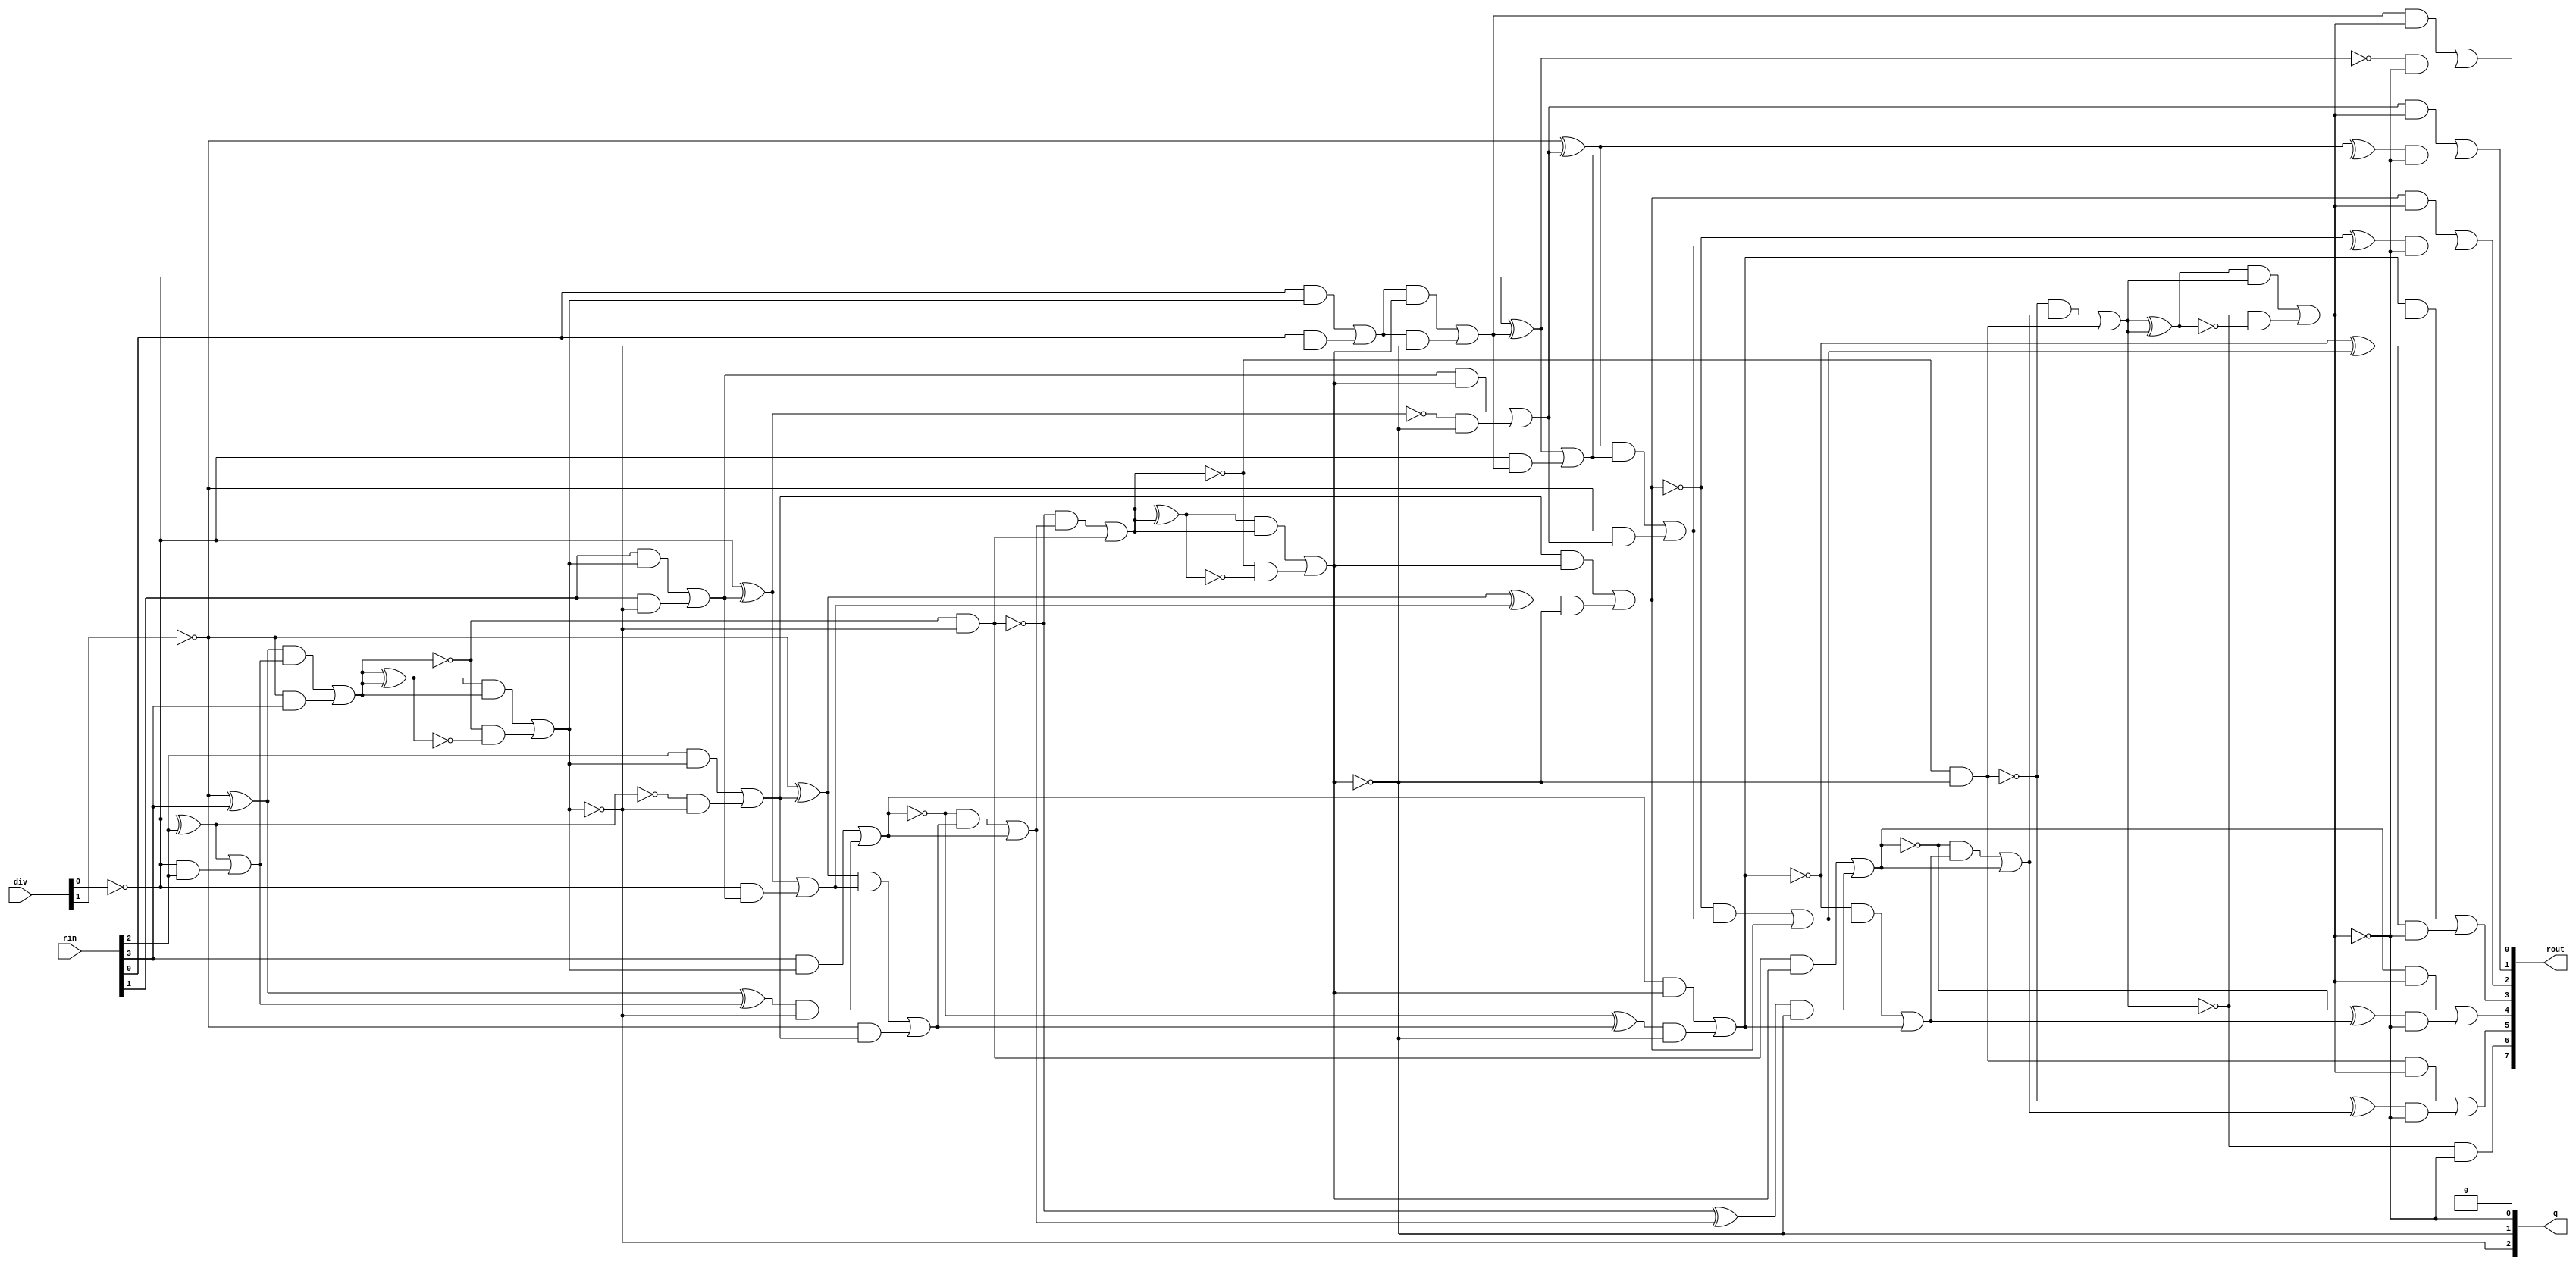
module divider(q, rout, rin, div);
  wire _0_;
  wire _1_;
  wire _2_;
  wire _3_;
  wire _4_;
  wire _5_;
  wire _6_;
  wire _7_;
  wire _8_;
  wire _9_;
  wire _10_;
  wire _11_;
  wire _12_;
  wire _13_;
  wire _14_;
  wire _15_;
  wire _16_;
  wire _17_;
  wire _18_;
  wire _19_;
  wire _20_;
  wire _21_;
  wire _22_;
  wire _23_;
  wire _24_;
  wire _25_;
  wire _26_;
  wire _27_;
  wire _28_;
  wire _29_;
  wire _30_;
  wire _31_;
  wire _32_;
  wire _33_;
  wire _34_;
  wire _35_;
  wire _36_;
  wire _37_;
  wire _38_;
  wire _39_;
  wire _40_;
  wire _41_;
  wire _42_;
  wire _43_;
  wire _44_;
  wire _45_;
  wire _46_;
  wire _47_;
  wire _48_;
  wire _49_;
  wire _50_;
  wire _51_;
  wire _52_;
  wire _53_;
  wire _54_;
  wire _55_;
  wire _56_;
  wire _57_;
  wire _58_;
  wire _59_;
  wire _60_;
  wire _61_;
  wire _62_;
  wire _63_;
  wire _64_;
  wire _65_;
  wire _66_;
  wire _67_;
  wire _68_;
  wire _69_;
  wire _70_;
  wire _71_;
  wire _72_;
  wire _73_;
  wire _74_;
  wire _75_;
  wire _76_;
  wire _77_;
  wire _78_;
  wire _79_;
  wire _80_;
  wire _81_;
  wire _82_;
  wire _83_;
  wire _84_;
  wire _85_;
  wire _86_;
  wire _87_;
  wire _88_;
  wire _89_;
  wire _90_;
  wire _91_;
  wire _92_;
  wire _93_;
  wire _94_;
  wire _95_;
  wire _96_;
  wire _97_;
  wire _98_;
  wire _99_;
  wire _100_;
  wire _101_;
  wire _102_;
  wire _103_;
  wire _104_;
  wire _105_;
  wire _106_;
  wire _107_;
  wire _108_;
  wire _109_;
  wire _110_;
  wire _111_;
  wire _112_;
  wire _113_;
  wire _114_;
  wire _115_;
  wire _116_;
  wire _117_;
  wire _118_;
  wire _119_;
  wire _120_;
  wire _121_;
  wire _122_;
  wire _123_;
  wire _124_;
  wire _125_;
  wire _126_;
  wire _127_;
  wire _128_;
  wire _129_;
  wire _130_;
  wire _131_;
  wire _132_;
  wire _133_;
  wire _134_;
  wire _135_;
  wire _136_;
  wire _137_;
  wire _138_;
  wire _139_;
  wire _140_;
  wire _141_;
  wire _142_;
  wire _143_;
  wire _144_;
  wire _145_;
  wire _146_;
  wire _147_;
  wire _148_;
  wire _149_;
  wire _150_;
  wire _151_;
  wire _152_;
  wire _153_;
  wire _154_;
  wire _155_;
  wire _156_;
  wire _157_;
  wire _158_;
  wire _159_;
  wire _160_;
  wire _161_;
  wire _162_;
  wire _163_;
  wire _164_;
  wire _165_;
  wire _166_;
  wire _167_;
  wire [4:0] r_0;
  wire [5:0] r_1;
  wire [5:0] m_1;
  wire [5:0] sum_1;
  wire [4:0] inv_1;
  wire [6:0] r_2;
  wire [6:0] m_2;
  wire [6:0] sum_2;
  wire [5:0] inv_2;
  wire [7:0] r_3;
  wire [7:0] m_3;
  wire [7:0] sum_3;
  wire [6:0] inv_3;
  wire zeroWire;
  wire oneWire;
  input [3:0] rin;
  input [1:0] div;
  output [2:0] q;
  output [7:0] rout;
  assign zeroWire = 1'b0 /*0*/;
  assign oneWire = 1'b1 /*0*/;
  assign r_0[0] = rin[0] /*393*/;
  assign r_0[1] = rin[1] /*392*/;
  assign r_0[2] = rin[2] /*391*/;
  assign r_0[3] = rin[3] /*390*/;
  assign r_0[4] = zeroWire /*389*/;
  assign inv_1[0] = oneWire /*276*/;
  assign inv_1[1] = oneWire /*270*/;
  assign inv_1[2] = ~div[0] /*264*/;
  assign inv_1[3] = ~div[1] /*258*/;
  assign inv_1[4] = oneWire /*252*/;
  assign _0_ = inv_1[0] ^ r_0[0] /*275*/;
  assign sum_1[0] = _0_ ^ oneWire /*274*/;
  assign _1_ = _0_ & oneWire /*273*/;
  assign _2_ = inv_1[0] & r_0[0] /*272*/;
  assign _3_ = _1_ | _2_ /*271*/;
  assign _4_ = inv_1[1] ^ r_0[1] /*269*/;
  assign sum_1[1] = _4_ ^ _3_ /*268*/;
  assign _5_ = _4_ & _3_ /*267*/;
  assign _6_ = inv_1[1] & r_0[1] /*266*/;
  assign _7_ = _5_ | _6_ /*265*/;
  assign _8_ = inv_1[2] ^ r_0[2] /*263*/;
  assign sum_1[2] = _8_ ^ _7_ /*262*/;
  assign _9_ = _8_ & _7_ /*261*/;
  assign _10_ = inv_1[2] & r_0[2] /*260*/;
  assign _11_ = _9_ | _10_ /*259*/;
  assign _12_ = inv_1[3] ^ r_0[3] /*257*/;
  assign sum_1[3] = _12_ ^ _11_ /*256*/;
  assign _13_ = _12_ & _11_ /*255*/;
  assign _14_ = inv_1[3] & r_0[3] /*254*/;
  assign _15_ = _13_ | _14_ /*253*/;
  assign _16_ = inv_1[4] ^ r_0[4] /*251*/;
  assign sum_1[4] = _16_ ^ _15_ /*250*/;
  assign _17_ = _16_ & _15_ /*249*/;
  assign _18_ = inv_1[4] & r_0[4] /*248*/;
  assign _19_ = _17_ | _18_ /*247*/;
  assign _20_ = _19_ ^ _15_ /*246*/;
  assign _21_ = ~_20_ /*245*/;
  assign _22_ = sum_1[4] & _21_ /*244*/;
  assign _23_ = _20_ & _19_ /*243*/;
  assign sum_1[5] = _23_ | _22_ /*242*/;
  assign q[2] = ~sum_1[5] /*241*/;
  assign m_1[0] = r_0[0] /*240*/;
  assign m_1[1] = r_0[1] /*239*/;
  assign m_1[2] = r_0[2] /*238*/;
  assign m_1[3] = r_0[3] /*237*/;
  assign m_1[4] = r_0[4] /*236*/;
  assign m_1[5] = r_0[4] /*235*/;
  assign _25_ = ~q[2] /*234*/;
  assign _26_ = sum_1[0] & q[2] /*233*/;
  assign _27_ = m_1[0] & _25_ /*232*/;
  assign r_1[0] = _27_ | _26_ /*231*/;
  assign _28_ = ~q[2] /*230*/;
  assign _29_ = sum_1[1] & q[2] /*229*/;
  assign _30_ = m_1[1] & _28_ /*228*/;
  assign r_1[1] = _30_ | _29_ /*227*/;
  assign _31_ = ~q[2] /*226*/;
  assign _32_ = sum_1[2] & q[2] /*225*/;
  assign _33_ = m_1[2] & _31_ /*224*/;
  assign r_1[2] = _33_ | _32_ /*223*/;
  assign _34_ = ~q[2] /*222*/;
  assign _35_ = sum_1[3] & q[2] /*221*/;
  assign _36_ = m_1[3] & _34_ /*220*/;
  assign r_1[3] = _36_ | _35_ /*219*/;
  assign _37_ = ~q[2] /*218*/;
  assign _38_ = sum_1[4] & q[2] /*217*/;
  assign _39_ = m_1[4] & _37_ /*216*/;
  assign r_1[4] = _39_ | _38_ /*215*/;
  assign _40_ = ~q[2] /*214*/;
  assign _41_ = sum_1[5] & q[2] /*213*/;
  assign _42_ = m_1[5] & _40_ /*212*/;
  assign r_1[5] = _42_ | _41_ /*211*/;
  assign inv_2[0] = oneWire /*186*/;
  assign inv_2[1] = ~div[0] /*180*/;
  assign inv_2[2] = ~div[1] /*174*/;
  assign inv_2[3] = oneWire /*168*/;
  assign inv_2[4] = oneWire /*162*/;
  assign inv_2[5] = oneWire /*156*/;
  assign _43_ = inv_2[0] ^ r_1[0] /*185*/;
  assign sum_2[0] = _43_ ^ oneWire /*184*/;
  assign _44_ = _43_ & oneWire /*183*/;
  assign _45_ = inv_2[0] & r_1[0] /*182*/;
  assign _46_ = _44_ | _45_ /*181*/;
  assign _47_ = inv_2[1] ^ r_1[1] /*179*/;
  assign sum_2[1] = _47_ ^ _46_ /*178*/;
  assign _48_ = _47_ & _46_ /*177*/;
  assign _49_ = inv_2[1] & r_1[1] /*176*/;
  assign _50_ = _48_ | _49_ /*175*/;
  assign _51_ = inv_2[2] ^ r_1[2] /*173*/;
  assign sum_2[2] = _51_ ^ _50_ /*172*/;
  assign _52_ = _51_ & _50_ /*171*/;
  assign _53_ = inv_2[2] & r_1[2] /*170*/;
  assign _54_ = _52_ | _53_ /*169*/;
  assign _55_ = inv_2[3] ^ r_1[3] /*167*/;
  assign sum_2[3] = _55_ ^ _54_ /*166*/;
  assign _56_ = _55_ & _54_ /*165*/;
  assign _57_ = inv_2[3] & r_1[3] /*164*/;
  assign _58_ = _56_ | _57_ /*163*/;
  assign _59_ = inv_2[4] ^ r_1[4] /*161*/;
  assign sum_2[4] = _59_ ^ _58_ /*160*/;
  assign _60_ = _59_ & _58_ /*159*/;
  assign _61_ = inv_2[4] & r_1[4] /*158*/;
  assign _62_ = _60_ | _61_ /*157*/;
  assign _63_ = inv_2[5] ^ r_1[5] /*155*/;
  assign sum_2[5] = _63_ ^ _62_ /*154*/;
  assign _64_ = _63_ & _62_ /*153*/;
  assign _65_ = inv_2[5] & r_1[5] /*152*/;
  assign _66_ = _64_ | _65_ /*151*/;
  assign _67_ = _66_ ^ _62_ /*150*/;
  assign _68_ = ~_67_ /*149*/;
  assign _69_ = sum_2[5] & _68_ /*148*/;
  assign _70_ = _67_ & _66_ /*147*/;
  assign sum_2[6] = _70_ | _69_ /*146*/;
  assign q[1] = ~sum_2[6] /*145*/;
  assign m_2[0] = r_1[0] /*144*/;
  assign m_2[1] = r_1[1] /*143*/;
  assign m_2[2] = r_1[2] /*142*/;
  assign m_2[3] = r_1[3] /*141*/;
  assign m_2[4] = r_1[4] /*140*/;
  assign m_2[5] = r_1[5] /*139*/;
  assign m_2[6] = r_1[5] /*138*/;
  assign _72_ = ~q[1] /*137*/;
  assign _73_ = sum_2[0] & q[1] /*136*/;
  assign _74_ = m_2[0] & _72_ /*135*/;
  assign r_2[0] = _74_ | _73_ /*134*/;
  assign _75_ = ~q[1] /*133*/;
  assign _76_ = sum_2[1] & q[1] /*132*/;
  assign _77_ = m_2[1] & _75_ /*131*/;
  assign r_2[1] = _77_ | _76_ /*130*/;
  assign _78_ = ~q[1] /*129*/;
  assign _79_ = sum_2[2] & q[1] /*128*/;
  assign _80_ = m_2[2] & _78_ /*127*/;
  assign r_2[2] = _80_ | _79_ /*126*/;
  assign _81_ = ~q[1] /*125*/;
  assign _82_ = sum_2[3] & q[1] /*124*/;
  assign _83_ = m_2[3] & _81_ /*123*/;
  assign r_2[3] = _83_ | _82_ /*122*/;
  assign _84_ = ~q[1] /*121*/;
  assign _85_ = sum_2[4] & q[1] /*120*/;
  assign _86_ = m_2[4] & _84_ /*119*/;
  assign r_2[4] = _86_ | _85_ /*118*/;
  assign _87_ = ~q[1] /*117*/;
  assign _88_ = sum_2[5] & q[1] /*116*/;
  assign _89_ = m_2[5] & _87_ /*115*/;
  assign r_2[5] = _89_ | _88_ /*114*/;
  assign _90_ = ~q[1] /*113*/;
  assign _91_ = sum_2[6] & q[1] /*112*/;
  assign _92_ = m_2[6] & _90_ /*111*/;
  assign r_2[6] = _92_ | _91_ /*110*/;
  assign inv_3[0] = ~div[0] /*96*/;
  assign inv_3[1] = ~div[1] /*90*/;
  assign inv_3[2] = oneWire /*84*/;
  assign inv_3[3] = oneWire /*78*/;
  assign inv_3[4] = oneWire /*72*/;
  assign inv_3[5] = oneWire /*66*/;
  assign inv_3[6] = oneWire /*60*/;
  assign _93_ = inv_3[0] ^ r_2[0] /*95*/;
  assign sum_3[0] = _93_ ^ oneWire /*94*/;
  assign _94_ = _93_ & oneWire /*93*/;
  assign _95_ = inv_3[0] & r_2[0] /*92*/;
  assign _96_ = _94_ | _95_ /*91*/;
  assign _97_ = inv_3[1] ^ r_2[1] /*89*/;
  assign sum_3[1] = _97_ ^ _96_ /*88*/;
  assign _98_ = _97_ & _96_ /*87*/;
  assign _99_ = inv_3[1] & r_2[1] /*86*/;
  assign _100_ = _98_ | _99_ /*85*/;
  assign _101_ = inv_3[2] ^ r_2[2] /*83*/;
  assign sum_3[2] = _101_ ^ _100_ /*82*/;
  assign _102_ = _101_ & _100_ /*81*/;
  assign _103_ = inv_3[2] & r_2[2] /*80*/;
  assign _104_ = _102_ | _103_ /*79*/;
  assign _105_ = inv_3[3] ^ r_2[3] /*77*/;
  assign sum_3[3] = _105_ ^ _104_ /*76*/;
  assign _106_ = _105_ & _104_ /*75*/;
  assign _107_ = inv_3[3] & r_2[3] /*74*/;
  assign _108_ = _106_ | _107_ /*73*/;
  assign _109_ = inv_3[4] ^ r_2[4] /*71*/;
  assign sum_3[4] = _109_ ^ _108_ /*70*/;
  assign _110_ = _109_ & _108_ /*69*/;
  assign _111_ = inv_3[4] & r_2[4] /*68*/;
  assign _112_ = _110_ | _111_ /*67*/;
  assign _113_ = inv_3[5] ^ r_2[5] /*65*/;
  assign sum_3[5] = _113_ ^ _112_ /*64*/;
  assign _114_ = _113_ & _112_ /*63*/;
  assign _115_ = inv_3[5] & r_2[5] /*62*/;
  assign _116_ = _114_ | _115_ /*61*/;
  assign _117_ = inv_3[6] ^ r_2[6] /*59*/;
  assign sum_3[6] = _117_ ^ _116_ /*58*/;
  assign _118_ = _117_ & _116_ /*57*/;
  assign _119_ = inv_3[6] & r_2[6] /*56*/;
  assign _120_ = _118_ | _119_ /*55*/;
  assign _121_ = _120_ ^ _116_ /*54*/;
  assign _122_ = ~_121_ /*53*/;
  assign _123_ = sum_3[6] & _122_ /*52*/;
  assign _124_ = _121_ & _120_ /*51*/;
  assign sum_3[7] = _124_ | _123_ /*50*/;
  assign q[0] = ~sum_3[7] /*49*/;
  assign m_3[0] = r_2[0] /*48*/;
  assign m_3[1] = r_2[1] /*47*/;
  assign m_3[2] = r_2[2] /*46*/;
  assign m_3[3] = r_2[3] /*45*/;
  assign m_3[4] = r_2[4] /*44*/;
  assign m_3[5] = r_2[5] /*43*/;
  assign m_3[6] = r_2[6] /*42*/;
  assign m_3[7] = r_2[6] /*41*/;
  assign _126_ = ~q[0] /*40*/;
  assign _127_ = sum_3[0] & q[0] /*39*/;
  assign _128_ = m_3[0] & _126_ /*38*/;
  assign r_3[0] = _128_ | _127_ /*37*/;
  assign _129_ = ~q[0] /*36*/;
  assign _130_ = sum_3[1] & q[0] /*35*/;
  assign _131_ = m_3[1] & _129_ /*34*/;
  assign r_3[1] = _131_ | _130_ /*33*/;
  assign _132_ = ~q[0] /*32*/;
  assign _133_ = sum_3[2] & q[0] /*31*/;
  assign _134_ = m_3[2] & _132_ /*30*/;
  assign r_3[2] = _134_ | _133_ /*29*/;
  assign _135_ = ~q[0] /*28*/;
  assign _136_ = sum_3[3] & q[0] /*27*/;
  assign _137_ = m_3[3] & _135_ /*26*/;
  assign r_3[3] = _137_ | _136_ /*25*/;
  assign _138_ = ~q[0] /*24*/;
  assign _139_ = sum_3[4] & q[0] /*23*/;
  assign _140_ = m_3[4] & _138_ /*22*/;
  assign r_3[4] = _140_ | _139_ /*21*/;
  assign _141_ = ~q[0] /*20*/;
  assign _142_ = sum_3[5] & q[0] /*19*/;
  assign _143_ = m_3[5] & _141_ /*18*/;
  assign r_3[5] = _143_ | _142_ /*17*/;
  assign _144_ = ~q[0] /*16*/;
  assign _145_ = sum_3[6] & q[0] /*15*/;
  assign _146_ = m_3[6] & _144_ /*14*/;
  assign r_3[6] = _146_ | _145_ /*13*/;
  assign _147_ = ~q[0] /*12*/;
  assign _148_ = sum_3[7] & q[0] /*11*/;
  assign _149_ = m_3[7] & _147_ /*10*/;
  assign r_3[7] = _149_ | _148_ /*9*/;
  assign rout[0] = r_3[0] /*0*/;
  assign rout[1] = r_3[1] /*1*/;
  assign rout[2] = r_3[2] /*2*/;
  assign rout[3] = r_3[3] /*3*/;
  assign rout[4] = r_3[4] /*4*/;
  assign rout[5] = r_3[5] /*5*/;
  assign rout[6] = r_3[6] /*6*/;
  assign rout[7] = r_3[7] /*7*/;
endmodule